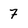
Character: 7